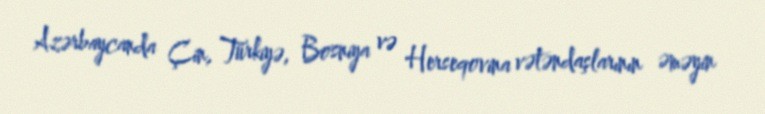
Azərbaycanda Çin, Türkiyə, Bosniya və Herseqovina vətəndaşlarının əməyin